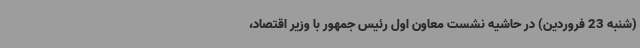
(شنبه 23 فروردین) در حاشیه نشست معاون اول رئیس جمهور با وزیر اقتصاد،